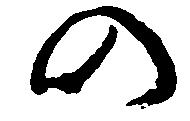
の